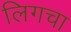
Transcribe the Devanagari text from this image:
लिगचा